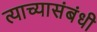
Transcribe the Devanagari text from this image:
त्याच्यासंबंधी